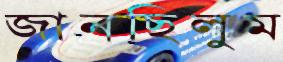
জানছিলুম